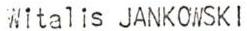
Witalis JANKOWSKl